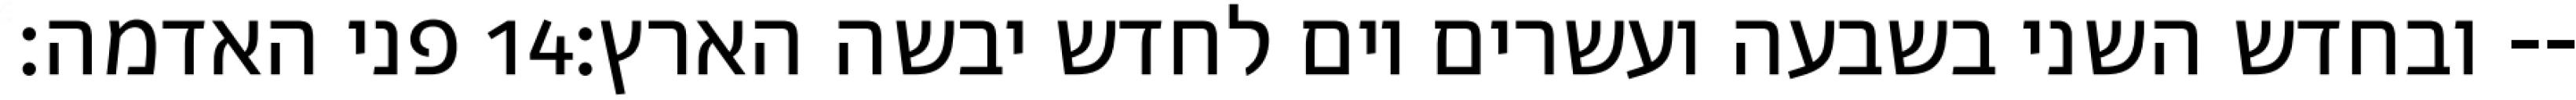
פני האדמה׃ ‎14‏ ובחדש השני בשבעה ועשרים יום לחדש יבשה הארץ׃--